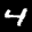
Label: 4